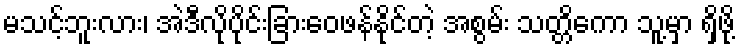
မသင့်ဘူးလား၊ အဲဒီလိုပိုင်းခြားဝေဖန်နိုင်တဲ့ အစွမ်း သတ္တိကော သူ့မှာ ရှိဖို့